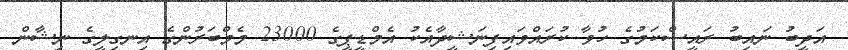
އަދީބު ނައިބު ރައީސްކަމުގެ ހުވާ ކުރައްވައިފިނަޝީދާއެކު އެމްޑީޕީގެ 23000 މެމްބަރުންގެ އިނގިލީގެ ނިޝާން